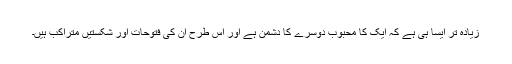
زیادہ تر ایسا ہی ہے کہ ایک کا محبوب دوسرے کا دشمن ہے اور اس طرح ان کی فتوحات اور شکستیں متراکب ہیں۔